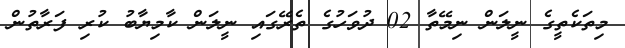
މިތަކެތީގެ ނީލަން ނިމޭތާ 02 ދުވަހުގެ ތެރޭގައި ނީލަން ކާމިޔާބު ކުރި ފަރާތުން